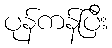
ပုန်ကန်ပြီး